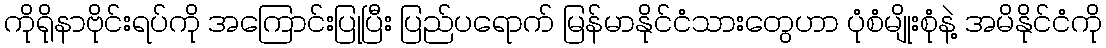
ကိုရိုနာဗိုင်းရပ်ကို အကြောင်းပြုပြီး ပြည်ပရောက် မြန်မာနိုင်ငံသားတွေဟာ ပုံစံမျိုးစုံနဲ့ အမိနိုင်ငံကို